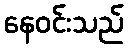
နေဝင်းသည်